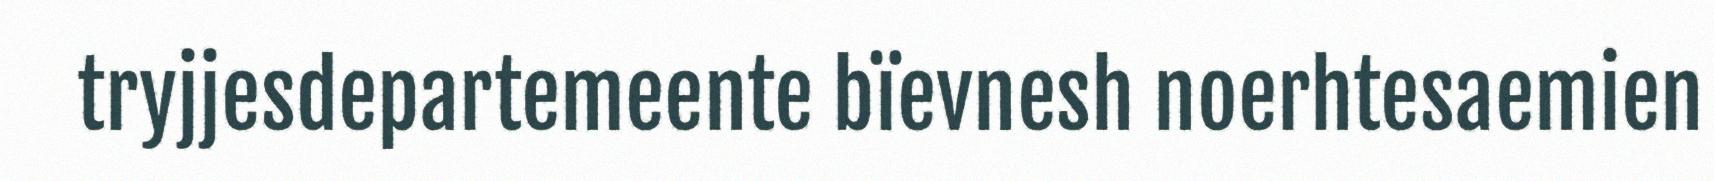
tryjjesdepartemeente bïevnesh noerhtesaemien